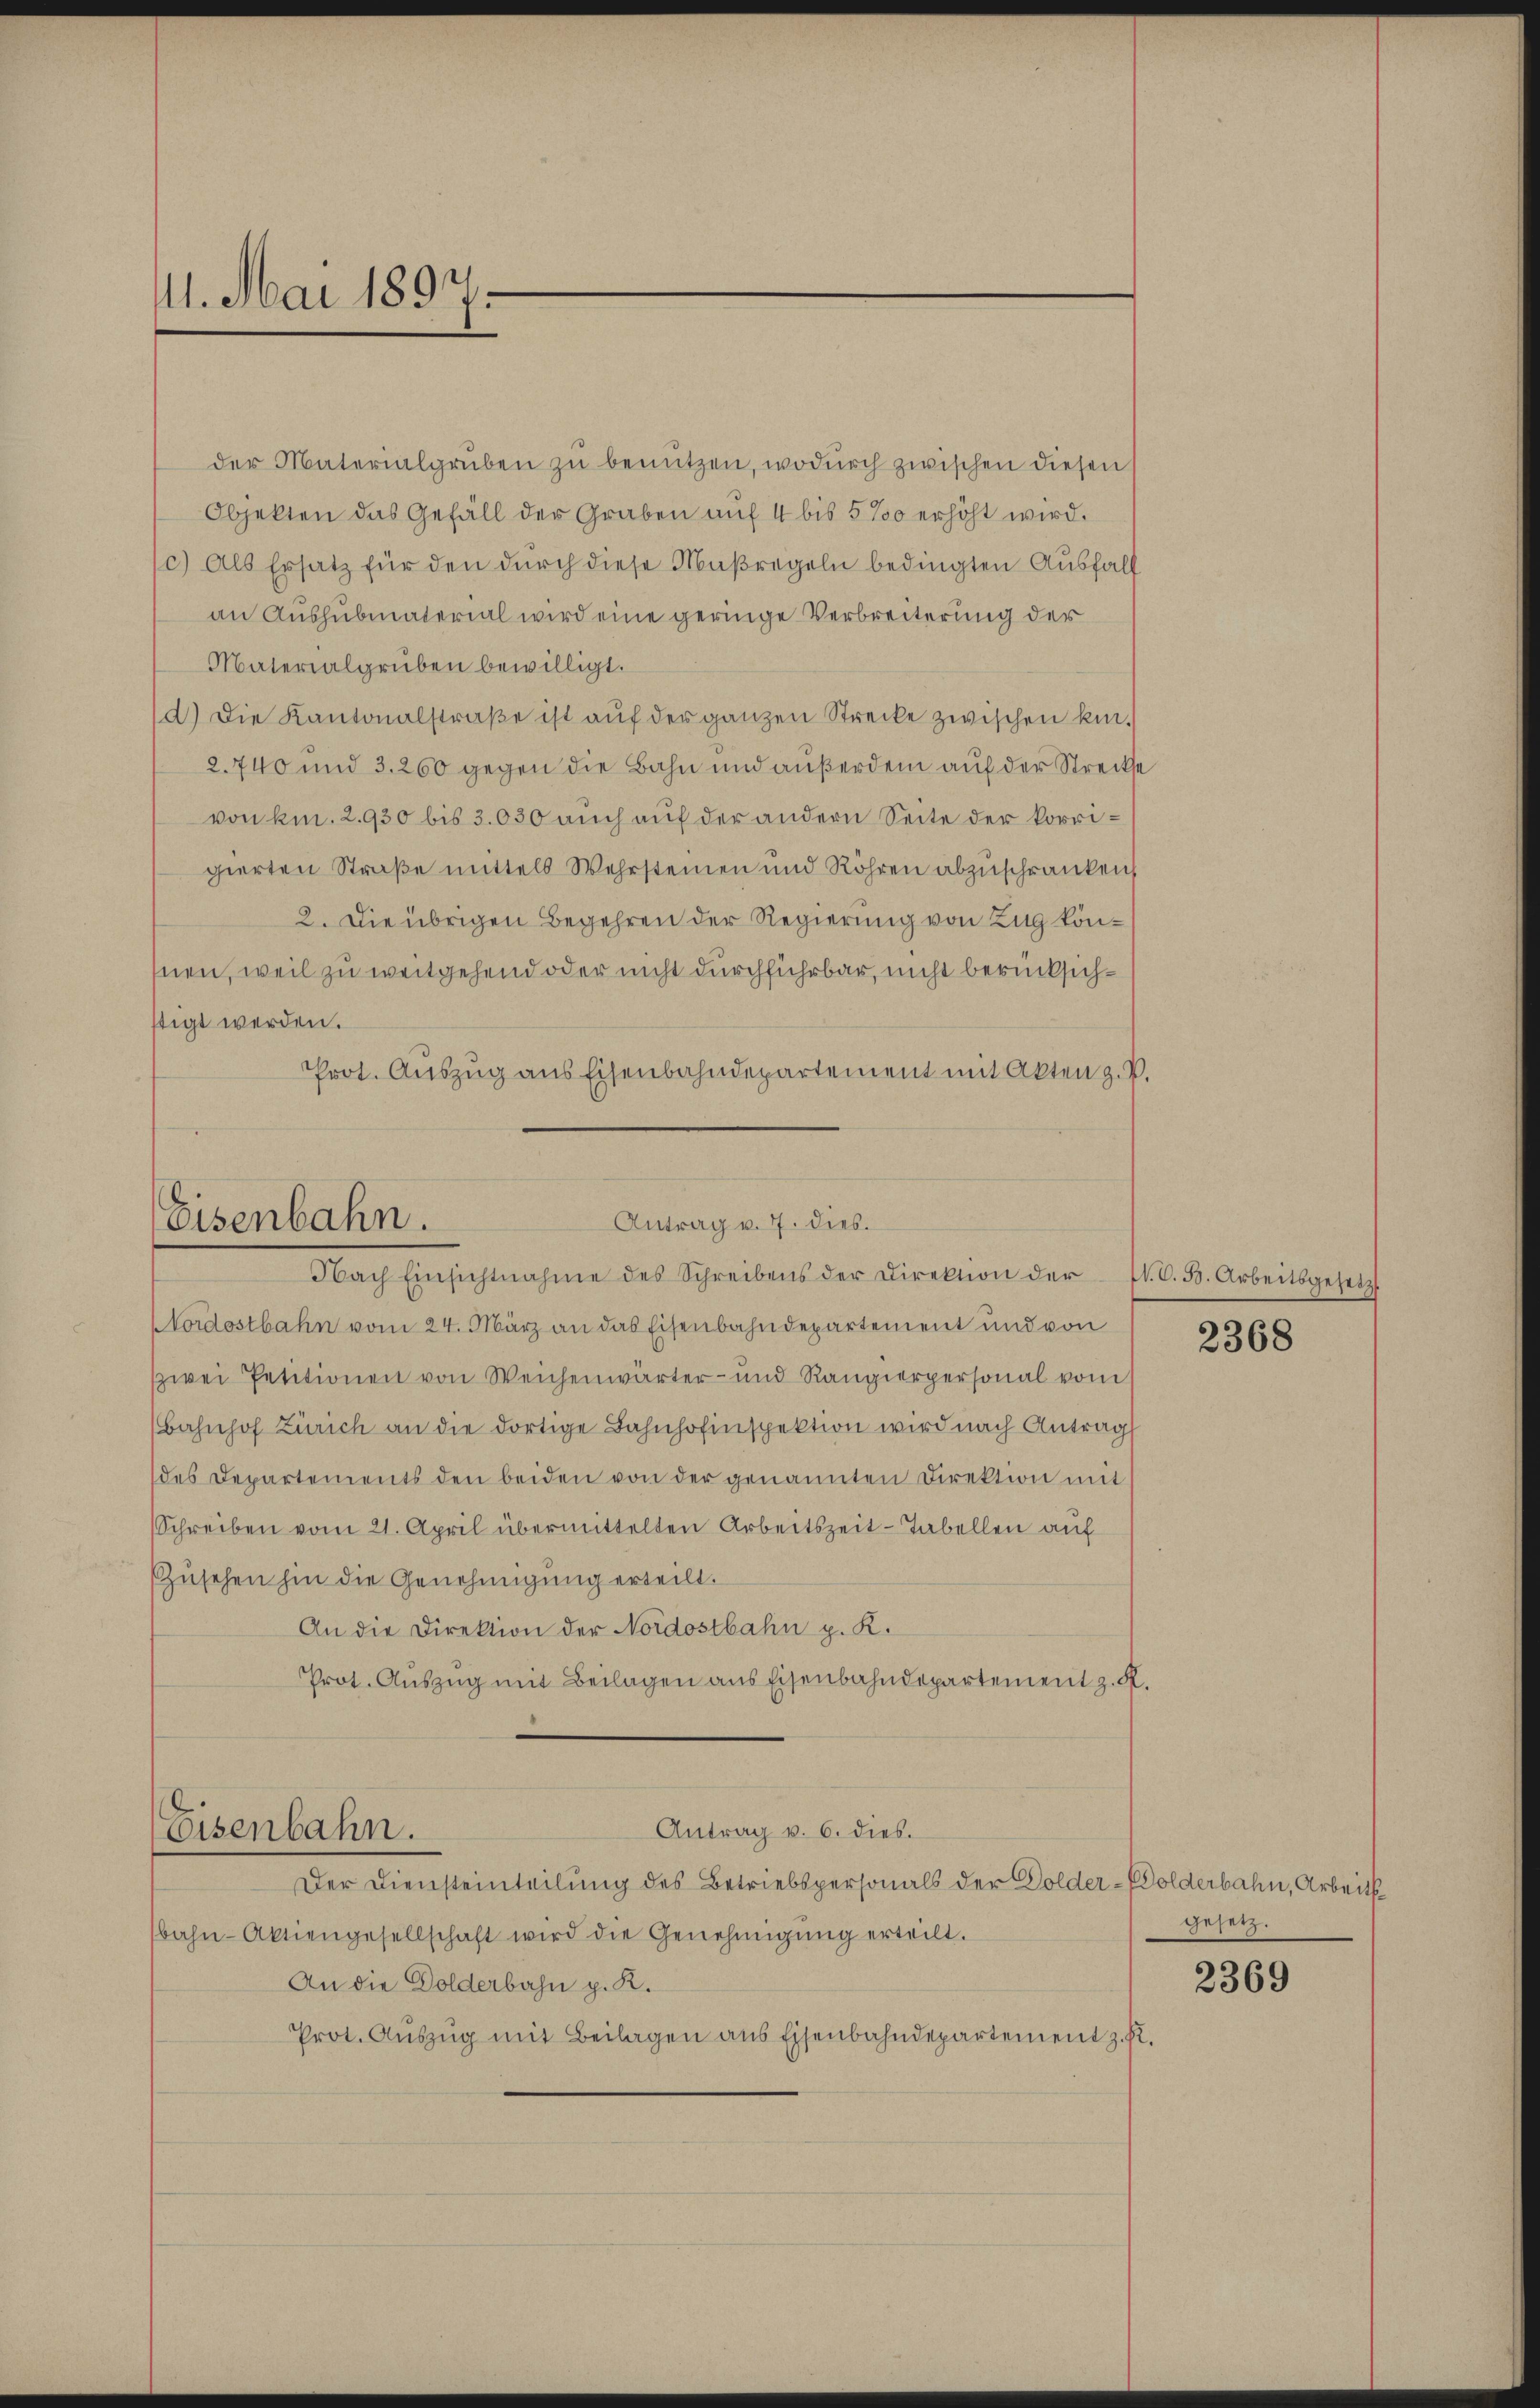
11. Mai 1897.

der Materialgrŭben zŭ benützen, wodurch zwischen diesen
Objekten das Gefäll der Graben auf 4 bis 5 % erhöht wird.
c) Als Ersatz für den dŭrch diese Maßregeln bedingten Ausfall
an Aushubmaterial wird eine geringe Verbreiterung der
Materialgruben bewilligt.
d) Die Kantonalstraße ist auf der ganzen Strecke zwischen kin¬
2.740 und 3. 260 gegen die Bahn und außerdem auf der Strecke
von kn. 2930 bis 3.030 auch auf der andern Seite der korrigierten Straße mittels Wehrsteinen und Röhren abzuschränken
2. Die übrigen Begehren der Regierung von Zug könmen, weil zu weitgehend oder nicht durchführbar, nicht berücksichstigt werden.
Prot. Auszug aus Eisenbahndepartement mit Akten z. B.

Antrag v. 7. dies.
Eisenbahn.
Nach Einsichtnahme des Schreibens der Direktion der fl. C. 5. Arbeitsgesetzt

Nordostbahn vom 24. März an das Eisenbahndepartement und von
zwei Petitionen von Weichenwärter- und Rangierpersonal vom
Bahnhof Zürich an die dortige Bahnhofinspektion wird nach Antrag
des Departements den beiden von der genannten Direktion mit
Schreiben vom 21. April übermittelten Arbeitszeit-Tabellen auf
Zusehen hin die Genehmigung erteilt.
An die Direktion der Nordostbahn p. K.
Prot. Auszug mit Beilagen aus Eisenbahndepartement z. K.
Antrag v. 6. dies.
Eisenbahn.
Der Diensteinteilung des Betriebspersonals der Dolder-Solderbahn, Arbeits
bahn-Aktiengesellschaft wird die Genehmigŭng erteilt.
An die Dolderbahn p. K.
Prot. Aŭszŭg mit Beilagen ans Eisenbahndepartement z. R.

2368

gesetz.

2369